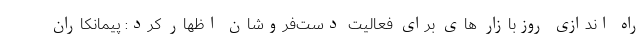
راه اندازی روزبازار های برای فعالیت دست‌فروشان اظهار کرد: پیمانکاران